Report on sanitation, dispensaries, and jails in Rajputana for 1916, and on vaccination for the year 1916-1917 - 1916-1917
Year: 1916
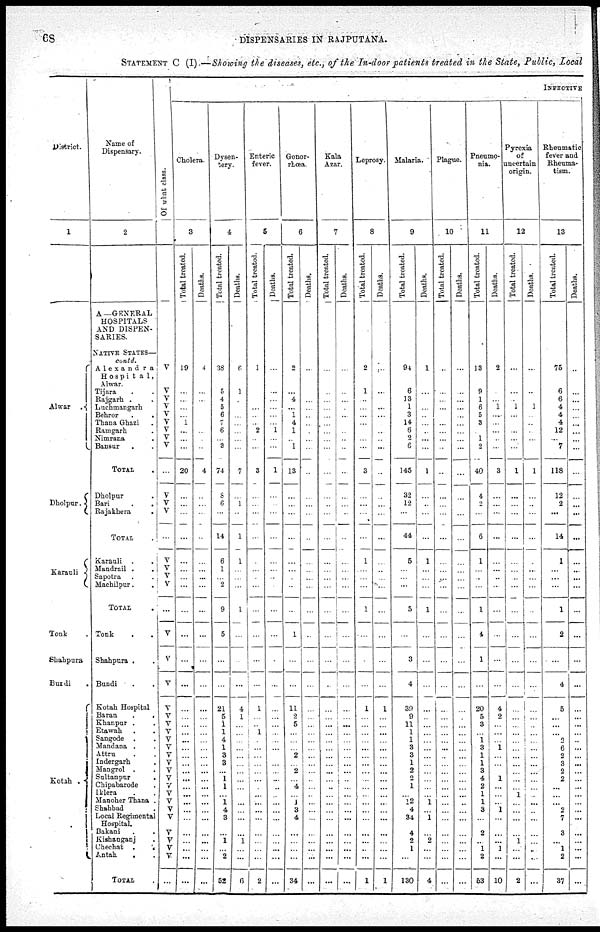
68
DISPENSARIES IN RAJPUTANA.
STATEMENT C (I).—Showing the diseases, etc., of the In-door patients treated in the State, Public, Local
District.
1
Alwar
.
Dholpur .
Karauli
Tonk .
Shahpura
Bundi .
Kotah
.
Name of
Dispensary.
2
A.—GENERAL
HOSPITALS
AND DISPEN-
SARIES.
NATIVE STATES—
contd.
Alexandra
Hospital,
Alwar.
Tijara . .
Rajgarh . .
Luchmangarh
Behror . .
Thana Ghazi .
Ramgarh .
Nimrana .
Bansur . .
TOTAL .
Dholpur .
Bari . .
Rajakhera .
TOTAL .
Karauli . .
Mandrail . .
Sapotra . .
Machilpur . .
TOTAL .
Tonk . .
Shahpura . .
Bundi . .
Kotah Hospital
Baran
.
.
Khanpur . .
Etawah . .
Sangode . .
Mandana ..
Attru . .
Indergarh . .
Mangrol . .
Sultanpur .
Chipabarode .
Iklera . .
Manoher Thana .
Shahbad .
Local Regimental
Hospital.
Bakani . .
Kishanganj .
Chechat .
.
Antah . .
TOTAL .
Of what class.
V
V
V
V
V
V
V
V
V
...
V
V
V
...
V
V
V
V
...
V
V
V
V
V
V V
V
V
V
V
V
V
V
V
V
V
V
V
V
V
V
...
INFECTIVE
Cholera.
3
Total treated.
19
...
...
...
...
1
...
...
...
20
...
...
...
...
...
...
...
...
...
...
...
...
...
...
...
...
...
...
...
...
...
...
...
...
...
...
...
...
...
...
...
_...
Deaths.
4
...
...
...
...
...
...
...
...
4
...
...
...
...
...
...
...
...
...
...
...
...
...
...
...
...
...
...
...
...
...
...
...
...
...
...
...
...
...
...
...
...
Dysen-
tery.
4
Total treated.
38
5
4
5
6
7
6
...
3
74
8
6
...
14
6
1
...
2
9
5
...
...
21
5
1
1
4
1
3
3
...
1
1
...
1
4
3
...
1
...
2
52
Deaths.
6
1
...
...
...
...
...
...
...
7
...
1
...
1
1
...
...
...
1
...
...
...
4
1
...
...
...
...
...
...
...
...
...
...
...
...
...
...
1
...
...
6
Enteric
fever.
5
Total treated.
1
...
...
...
...
...
2
...
...
3
...
...
...
...
...
...
...
...
...
...
...
...
1
...
...
1
...
...
...
...
...
...
...
...
...
...
...
...
...
...
...
2
Deaths.
...
...
...
...
...
...
1
...
...
1
...
...
...
...
...
...
...
...
...
...
...
...
...
...
...
...
...
...
...
...
...
...
...
...
...
...
...
...
...
...
...
...
Gonor-
rhœa.
6
Total treated.
2
...
4
...
1
4
1
...
1
13
...
...
...
...
...
...
...
...
...
1
...
...
11
2
5
...
...
...
2
...
2
...
4
...
1
3
4
...
...
...
...
34
Deaths.
...
...
...
...
...
...
...
...
...
...
...
...
...
...
...
...
...
...
...
...
...
...
...
...
...
...
...
...
...
...
...
...
...
...
...
...
...
...
...
...
...
...
Kala
Azar.
7
Total treated.
...
...
...
...
...
...
...
...
...
...
...
...
...
...
...
...
...
...
...
...
...
...
1
...
...
...
...
...
...
...
...
...
...
...
...
...
...
...
...
...
...
...
Deaths.
...
...
...
...
...
...
...
...
...
...
...
...
...
...
...
...
...
...
...
...
...
...
...
...
...
...
...
...
...
...
...
...
...
...
...
...
...
...
...
...
...
...
Leprosy.
8
Total treated.
2
1
...
...
...
...
...
...
...
3
...
...
...
...
1
...
...
...
1
...
...
...
1
...
...
...
...
...
...
...
...
...
...
...
...
...
...
...
...
...
...
1
Deaths.
...
...
...
...
...
...
...
...
...
...
...
...
...
...
...
...
...
...
...
...
...
...
1
...
...
...
...
...
...
...
...
...
...
...
...
...
...
...
...
...
...
1
Malaria.
9
Total treated.
94
6
13
1
3
14
6
2
6
145
32
12
...
44
5
...
...
...
5
...
3
4
39
9
11
1
1
3
3
1
2
2
1
...
12
4
34
4
2
1
...
130
Deaths.
1
...
...
...
...
...
...
...
...
1
...
...
...
...
1
...
...
...
1
...
...
...
...
...
...
...
...
...
...
...
...
...
...
...
1
...
1
...
2
...
...
4
Plague.
10
Total treated.
...
...
...
...
...
...
...
...
...
...
...
...
...
...
...
...
...
...
...
...
...
...
...
...
...
...
...
...
...
...
...
...
...
...
...
...
...
...
...
...
...
...
Deaths.
...
...
...
...
...
...
...
...
...
...
...
...
...
...
...
...
...
...
...
...
...
...
...
...
...
...
...
...
...
...
...
...
...
...
...
...
...
...
...
...
...
...
Pneumo-
nia.
11
Total treated.
13
9
1
6
5
3
...
1
2
40
4
2
...
6
1
...
...
...
1
4
1
...
20
5
3
...
1
3
1
1
3
4
2
1
1
3
...
2
...
1
2
53
Deaths.
2
...
...
1
...
...
...
...
...
3
...
...
...
...
...
...
...
...
...
...
...
...
4
2
...
...
...
1
...
...
...
1
...
...
...
1
...
...
...
1
...
10
Pyrexia
of
uncertain
origin.
12
Total treated.
...
...
...
1
...
...
...
...
...
1
...
...
...
...
...
...
...
...
...
...
...
...
...
...
...
...
...
...
...
...
...
...
...
1
...
...
...
...
1
...
...
2
Deaths.
...
...
...
1
...
...
...
...
...
1
...
...
...
...
...
...
...
...
...
...
...
...
...
...
...
...
...
...
...
...
...
...
...
...
...
...
...
...
...
...
...
...
Rheumatic
fever and
Rheuma-
tism.
13
Total treated.
75
6
6
4
4
4
12
...
7
118
12
2
...
14
1
...
...
...
1
2
...
4
5
...
...
...
2
6
2
3
2
2
...
...
...
2
7
3
...
1
2
37
Deaths.
...
...
...
...
...
...
...
...
...
...
...
...
...
...
...
...
...
...
...
...
...
...
...
...
...
...
...
...
...
...
...
...
...
...
...
...
...
...
...
...
...
...